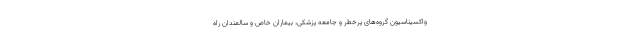
واکسیناسیون گروه‌های پرخطر و جامعه پزشکی، بیماران خاص و سالمندان راه